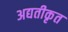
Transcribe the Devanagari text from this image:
अद्यतीकृत